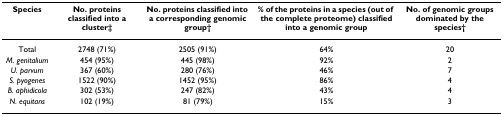
<table><thead><tr><td><b>Species</b></td><td><b>No. proteins classified into a cluster‡</b></td><td><b>No. proteins classified into a corresponding genomic group†</b></td><td><b>% of the proteins in a species (out of the complete proteome) classified into a genomic group</b></td><td><b>No. of genomic groups dominated by the species†</b></td></tr></thead><tbody><tr><td>Total</td><td>2748 (71%)</td><td>2505 (91%)</td><td>64%</td><td>20</td></tr><tr><td><i>M. genitalium</i></td><td>454 (95%)</td><td>445 (98%)</td><td>92%</td><td>2</td></tr><tr><td><i>U. parvum</i></td><td>367 (60%)</td><td>280 (76%)</td><td>46%</td><td>7</td></tr><tr><td><i>S. pyogenes</i></td><td>1522 (90%)</td><td>1452 (95%)</td><td>86%</td><td>4</td></tr><tr><td><i>B. aphidicola</i></td><td>302 (53%)</td><td>247 (82%)</td><td>43%</td><td>4</td></tr><tr><td><i>N. equitans</i></td><td>102 (19%)</td><td>81 (79%)</td><td>15%</td><td>3</td></tr></tbody></table>